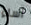
أساء